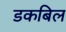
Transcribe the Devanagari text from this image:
डकबिल